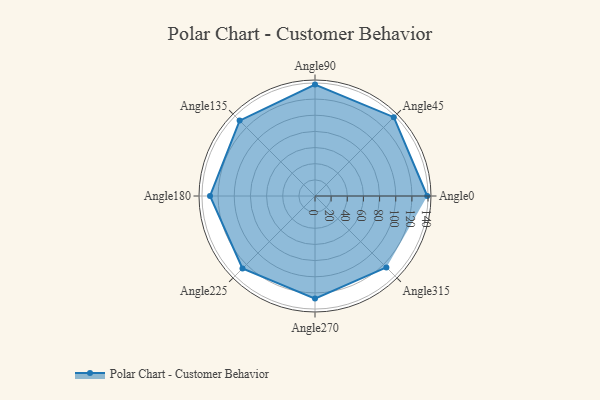
{"axis": {"x": "Angle", "y": "Radius"}, "legend": [""], "data": [{"x": "Angle0", "y": 139.0, "type": ""}, {"x": "Angle45", "y": 138.0, "type": ""}, {"x": "Angle90", "y": 138.0, "type": ""}, {"x": "Angle135", "y": 132.0, "type": ""}, {"x": "Angle180", "y": 130.0, "type": ""}, {"x": "Angle225", "y": 127.0, "type": ""}, {"x": "Angle270", "y": 127.0, "type": ""}, {"x": "Angle315", "y": 125.0, "type": ""}]}